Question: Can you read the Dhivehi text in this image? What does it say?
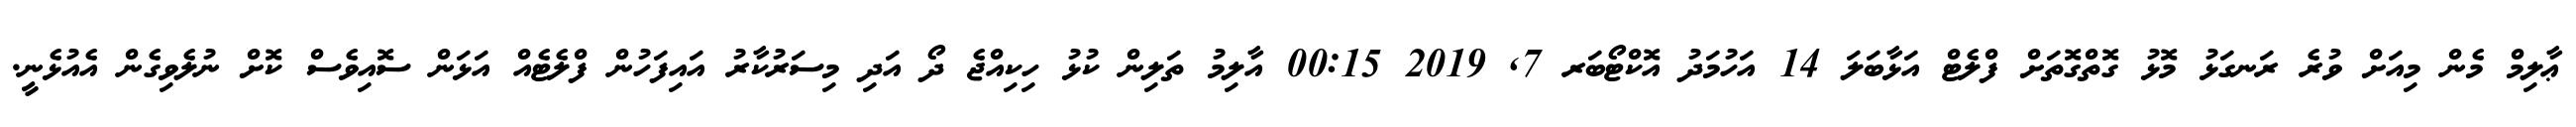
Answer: ޢާލިމް މެން މިއަށް ވުރެ ރަނގަޅު މޮޅު ގޮތްގޮތަށް ފްލެޓް އަޅާބަލަ 14 އަހުމަދު އޮކްޓޯބަރ 7, 2019 00:15 އާލިމު ތަލިން ކުޅު ހިކިއްޖެ ދޯ އަދި މިސަރުކާރު އައިފަހުން ފްލެޓެއް އަޅަން ސޮއިވެސް ކޮށް ނުލެވިގެން އެއުޅެނީ.